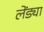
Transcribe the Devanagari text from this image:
लेंड्या